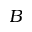
B